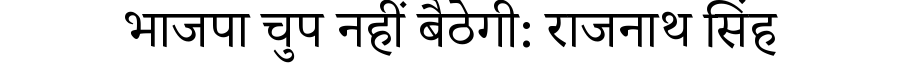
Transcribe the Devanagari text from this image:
भाजपा चुप नहीं बैठेगी: राजनाथ सिंह